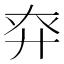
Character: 𢌾